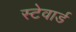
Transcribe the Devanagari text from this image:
स्टेवार्ड